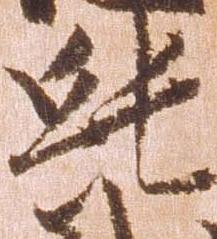
純